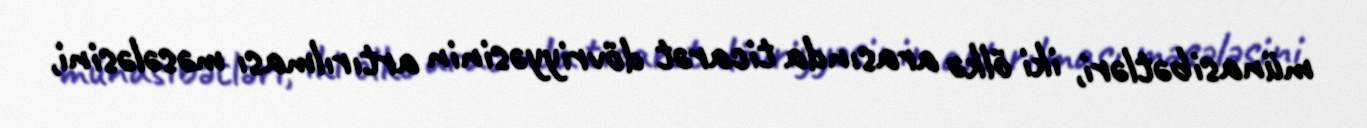
münasibətləri, iki ölkə arasında ticarət dövriyyəsinin artırılması məsələsini,